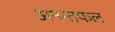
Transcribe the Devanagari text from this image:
अनन्तफल